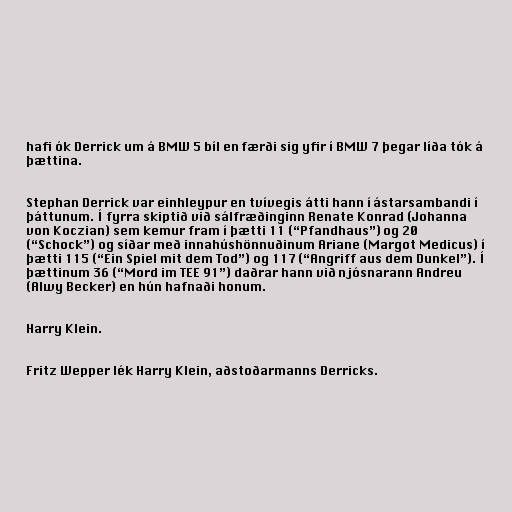
hafi ók Derrick um á BMW 5 bíl en færði sig yfir í BMW 7 þegar líða tók á
þættina.

Stephan Derrick var einhleypur en tvívegis átti hann í ástarsambandi í
þáttunum. Í fyrra skiptið við sálfræðinginn Renate Konrad (Johanna
von Koczian) sem kemur fram í þætti 11 (“Pfandhaus”) og 20
(“Schock”) og síðar með innahúshönnuðinum Ariane (Margot Medicus) í
þætti 115 (“Ein Spiel mit dem Tod”) og 117 (“Angriff aus dem Dunkel”). Í
þættinum 36 (“Mord im TEE 91”) daðrar hann við njósnarann Andreu
(Alwy Becker) en hún hafnaði honum.

Harry Klein.

Fritz Wepper lék Harry Klein, aðstoðarmanns Derricks.